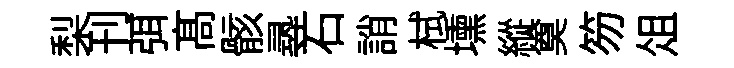
梨刊弭髙骸𡬶石誚栻壎縱奠笏俎